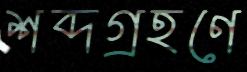
শব্দগ্রহণে